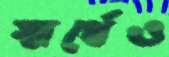
স্বার্থেও